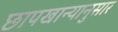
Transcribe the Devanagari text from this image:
छापखान्यानुसार